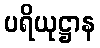
ပရိယုဋ္ဌာန